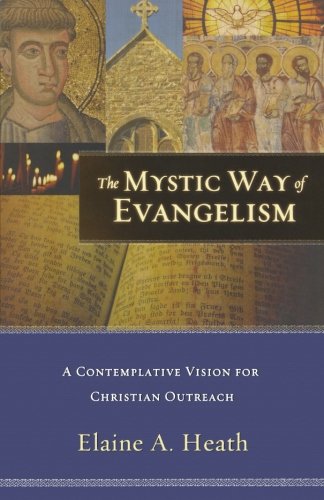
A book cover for The Mystic Way of Evangelism: A Contemplative Vision for Christian Outreach; Elaine A. Heath; Christian Books & Bibles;